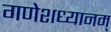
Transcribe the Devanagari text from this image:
गणेशध्यानम्